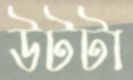
উটটা